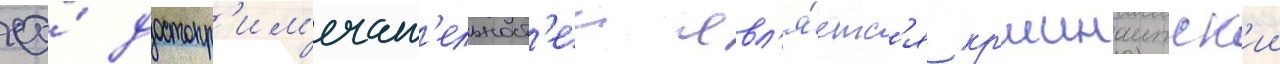
ео́ достопр'им'ечат'ельност'еи явл'я́етс'я кр'ишнаитск'ии